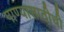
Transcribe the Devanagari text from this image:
पाण्यासाठीची